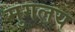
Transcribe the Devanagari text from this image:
मुगलय